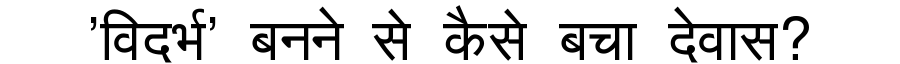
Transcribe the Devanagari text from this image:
'विदर्भ' बनने से कैसे बचा देवास?